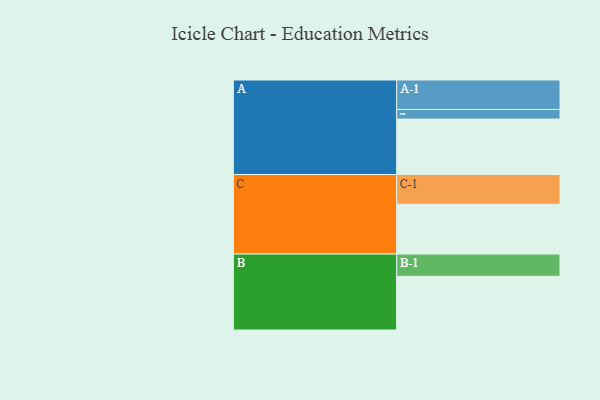
{"axis": {"x": "Segment", "y": "Value"}, "legend": ["", "A", "B", "C"], "data": [{"x": "A", "y": 403, "type": ""}, {"x": "B", "y": 390, "type": ""}, {"x": "C", "y": 362, "type": ""}, {"x": "A-1", "y": 214, "type": "A"}, {"x": "A-2", "y": 70, "type": "A"}, {"x": "B-1", "y": 162, "type": "B"}, {"x": "C-1", "y": 216, "type": "C"}]}